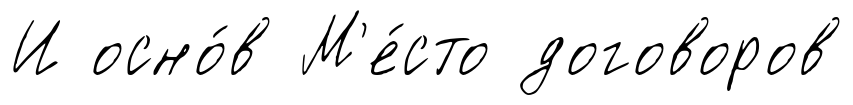
И осно́в М'е́сто договоров